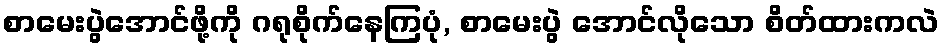
စာမေးပွဲအောင်ဖို့ကို ဂရုစိုက်နေကြပုံ, စာမေးပွဲ အောင်လိုသော စိတ်ထားကလဲ